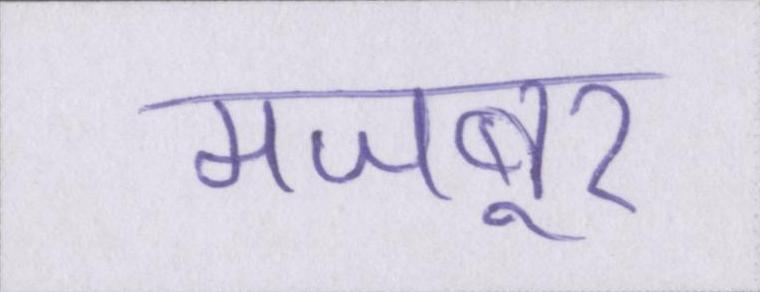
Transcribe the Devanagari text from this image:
मजबूर